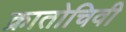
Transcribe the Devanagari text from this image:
क्रातोचिवी